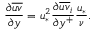
\frac { \partial \overline { { u v } } } { \partial y } = u _ { * } ^ { 2 } \frac { \partial \overline { { u v } } _ { i } } { \partial y ^ { + } } \frac { u _ { * } } { \nu } .